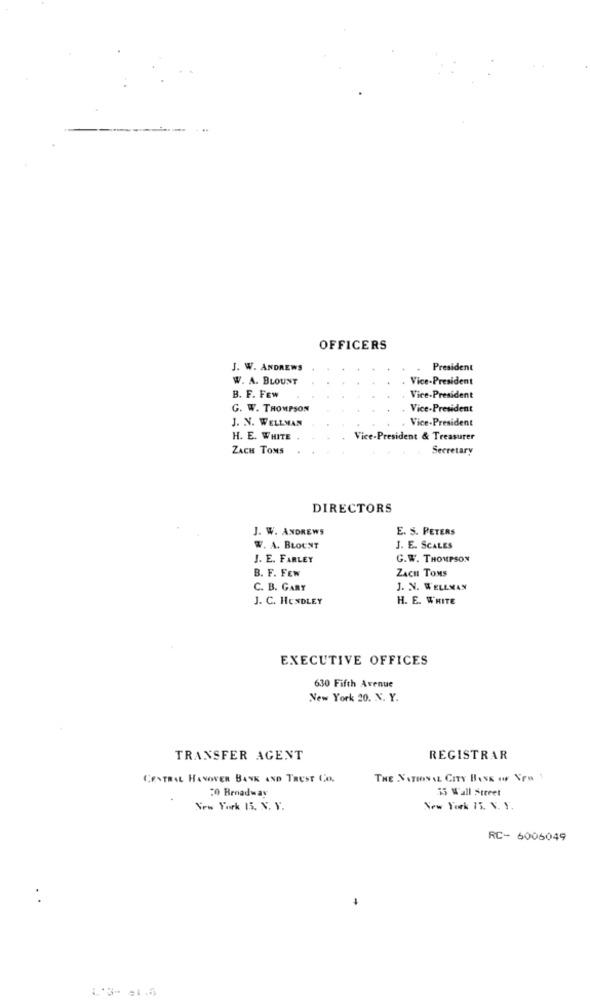
OFFICERS
J. W. ANDREWS
President
W. A. BLOUNT
Vice-President
B. F. FEW
Vice-President
G. W. THOMPSON
Vice-President
J. N. WELLMAN
Vice-President
H. E. WHITE
Vice-President & Treasurer
ZACH TOMS
Secretary
DIRECTORS
J. W. ANDREWS
E. S. PETERS
W. A. BLOUNT
J. E. SCALES
J. E. FARLEY
G.W. THOMPSON
B. F. FEW
ZACH TOMS
C. B. GARY
J. N. WELLMAN
J. C. HENDLEY
H. E. WHITE
EXECUTIVE OFFICES
630 Fifth Avenue
New York 20. N. Y.
TRANSFER AGENT
REGISTRAR
CENTRAL HANOVER BANK AND TRUST CO.
THE NATIONAL CITY BANK OF New
20 Broadway
55 Wall Street
New York 15. N. Y.
New York 75. V. Y.
RC- 6006049
-